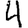
Digit: 4